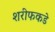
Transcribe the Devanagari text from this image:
शरीफकडे